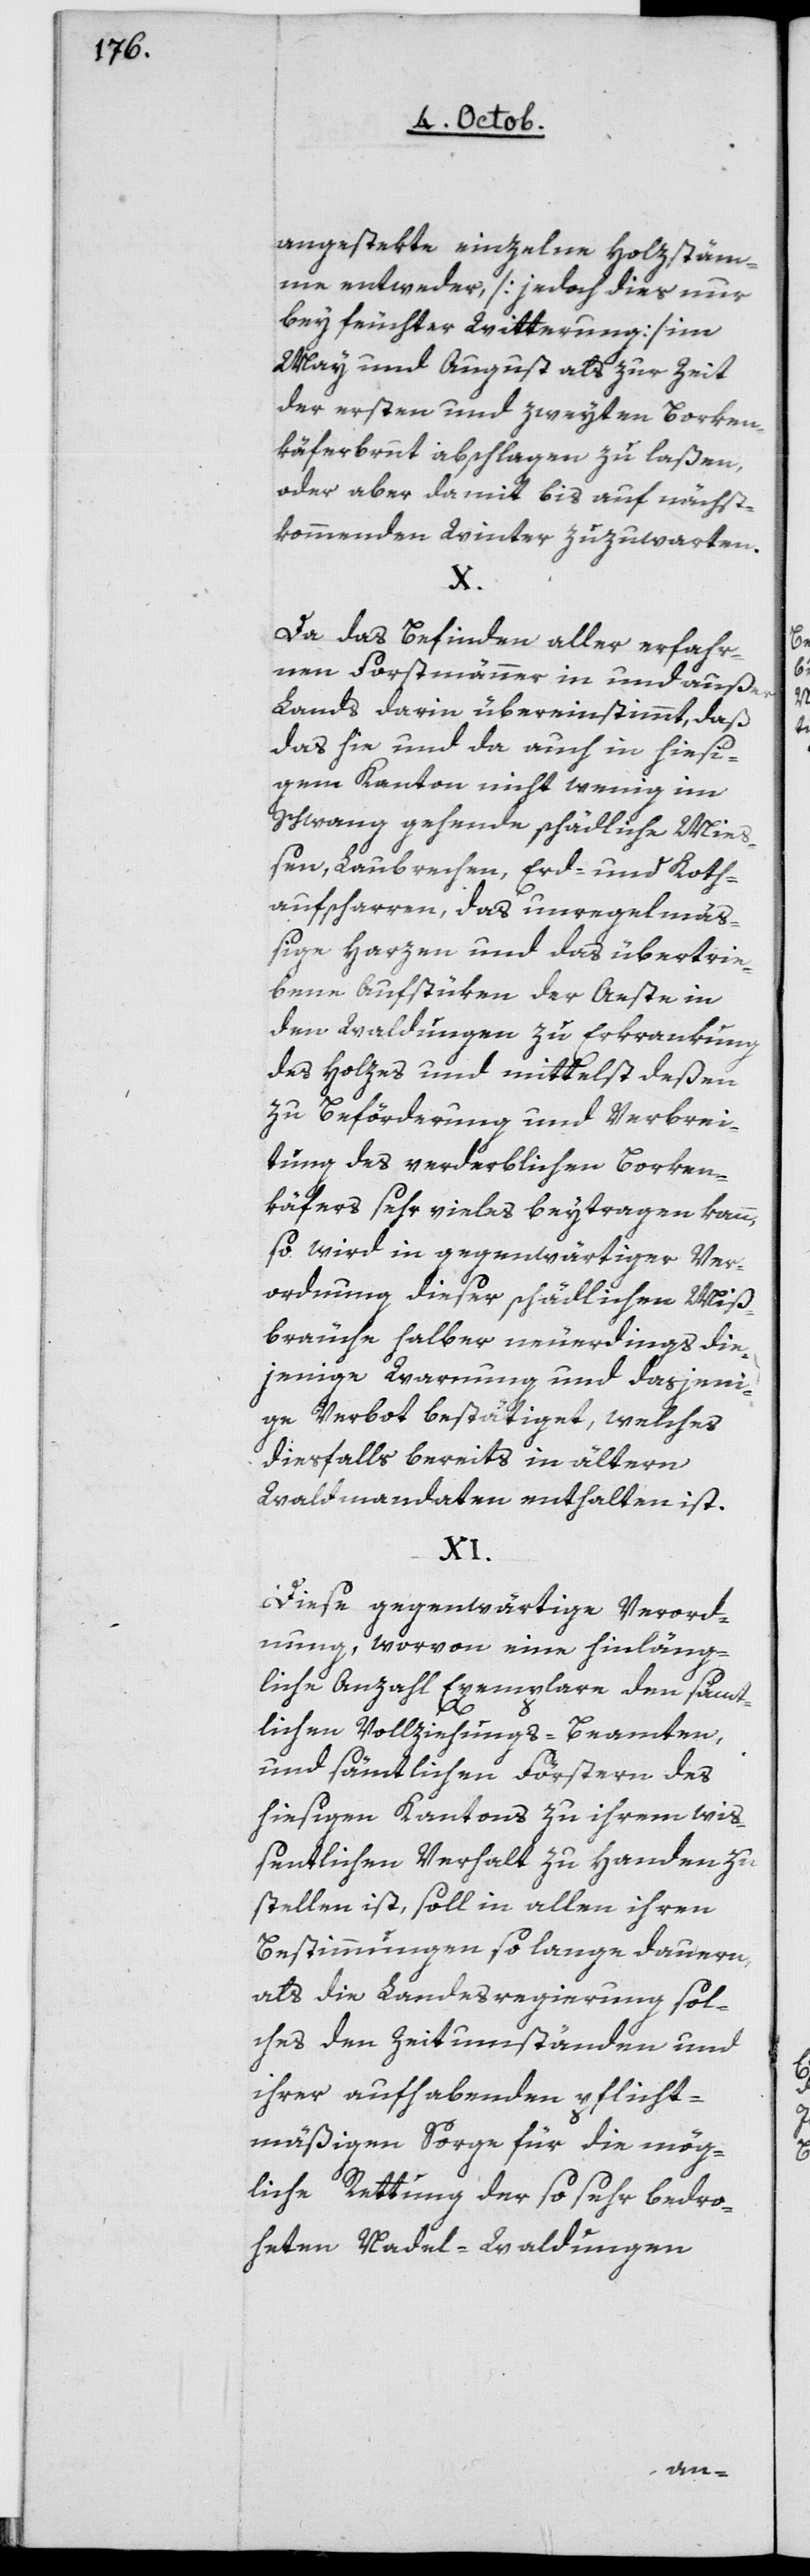
angestekte einzelne Holzstäm¬
me entweder, [jedoch dies nur
bey feuchter Witterung] im
May und August, als zur Zeit
der ersten und zweyten Borken¬
käferbrut abschlagen zu laßen,
oder aber damit bis auf nächst¬
kommenden Winter zuzuwarten.
X.
Da das Befinden aller erfahr¬
nen Forstmänner in und außer
Lands darin übereinstimmt, daß
das hie und da auch in hiesi¬
gem Kanton nicht wenig im
Schwang gehende schädliche Mie¬
ßen, Laubrechen, Erd- und Koth¬
aufscharren, das unregelmäß¬
ige Harzen und das übertrie¬
bene Aufstüken der Äste in
den Waldungen zu Erkrankung
des Holzes und mittelst deßen
zu Beförderung und Verbrei¬
tung des verderblichen Borken¬
käfers sehr vieles beytragen kann,
so wird in gegenwärtiger Ver¬
ordnung dieser schädlichen Miß¬
bräuche halber neuerdings die¬
jenige Warnung und dasjeni¬
ge Verbot bestätiget, welches
diesfalls bereits in ältern
Waldmandaten enthalten ist.
XI.
Diese gegenwärtige Verord¬
nung, wovon eine hinläng¬
liche Anzahl Exemplare den sämt¬
lichen Vollziehungs-Beamten
und sämtlichen Förstern des
hiesigen Kantons zu ihrem wiß¬
entlichen Verhalt zu Handen zu
stellen ist, soll in allen ihren
Bestimmungen so lange dauern,
als die Landesregierung sol¬
ches den Zeitumständen und
ihrer aufhabenden pflicht¬
mäßigen Sorge für die mög¬
liche Rettung der so sehr bedro¬
heten Nadel.Waldungen